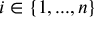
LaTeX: i \in \{ 1 , . . . , n \}